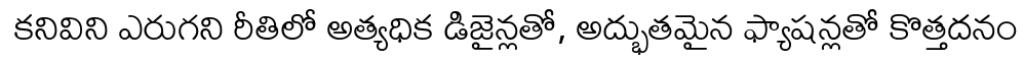
కనివిని ఎరుగని రీతిలో అత్యధిక డిజైన్లతో, అద్భుతమైన ఫ్యాషన్లతో కొత్తదనం